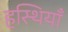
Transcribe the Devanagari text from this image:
हस्थियाँ